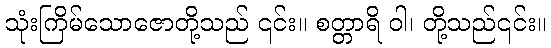
သုံးကြိမ်သောဇောတို့သည် ၎င်း။ စတ္တာရိ ဝါ၊ တို့သည်၎င်း။